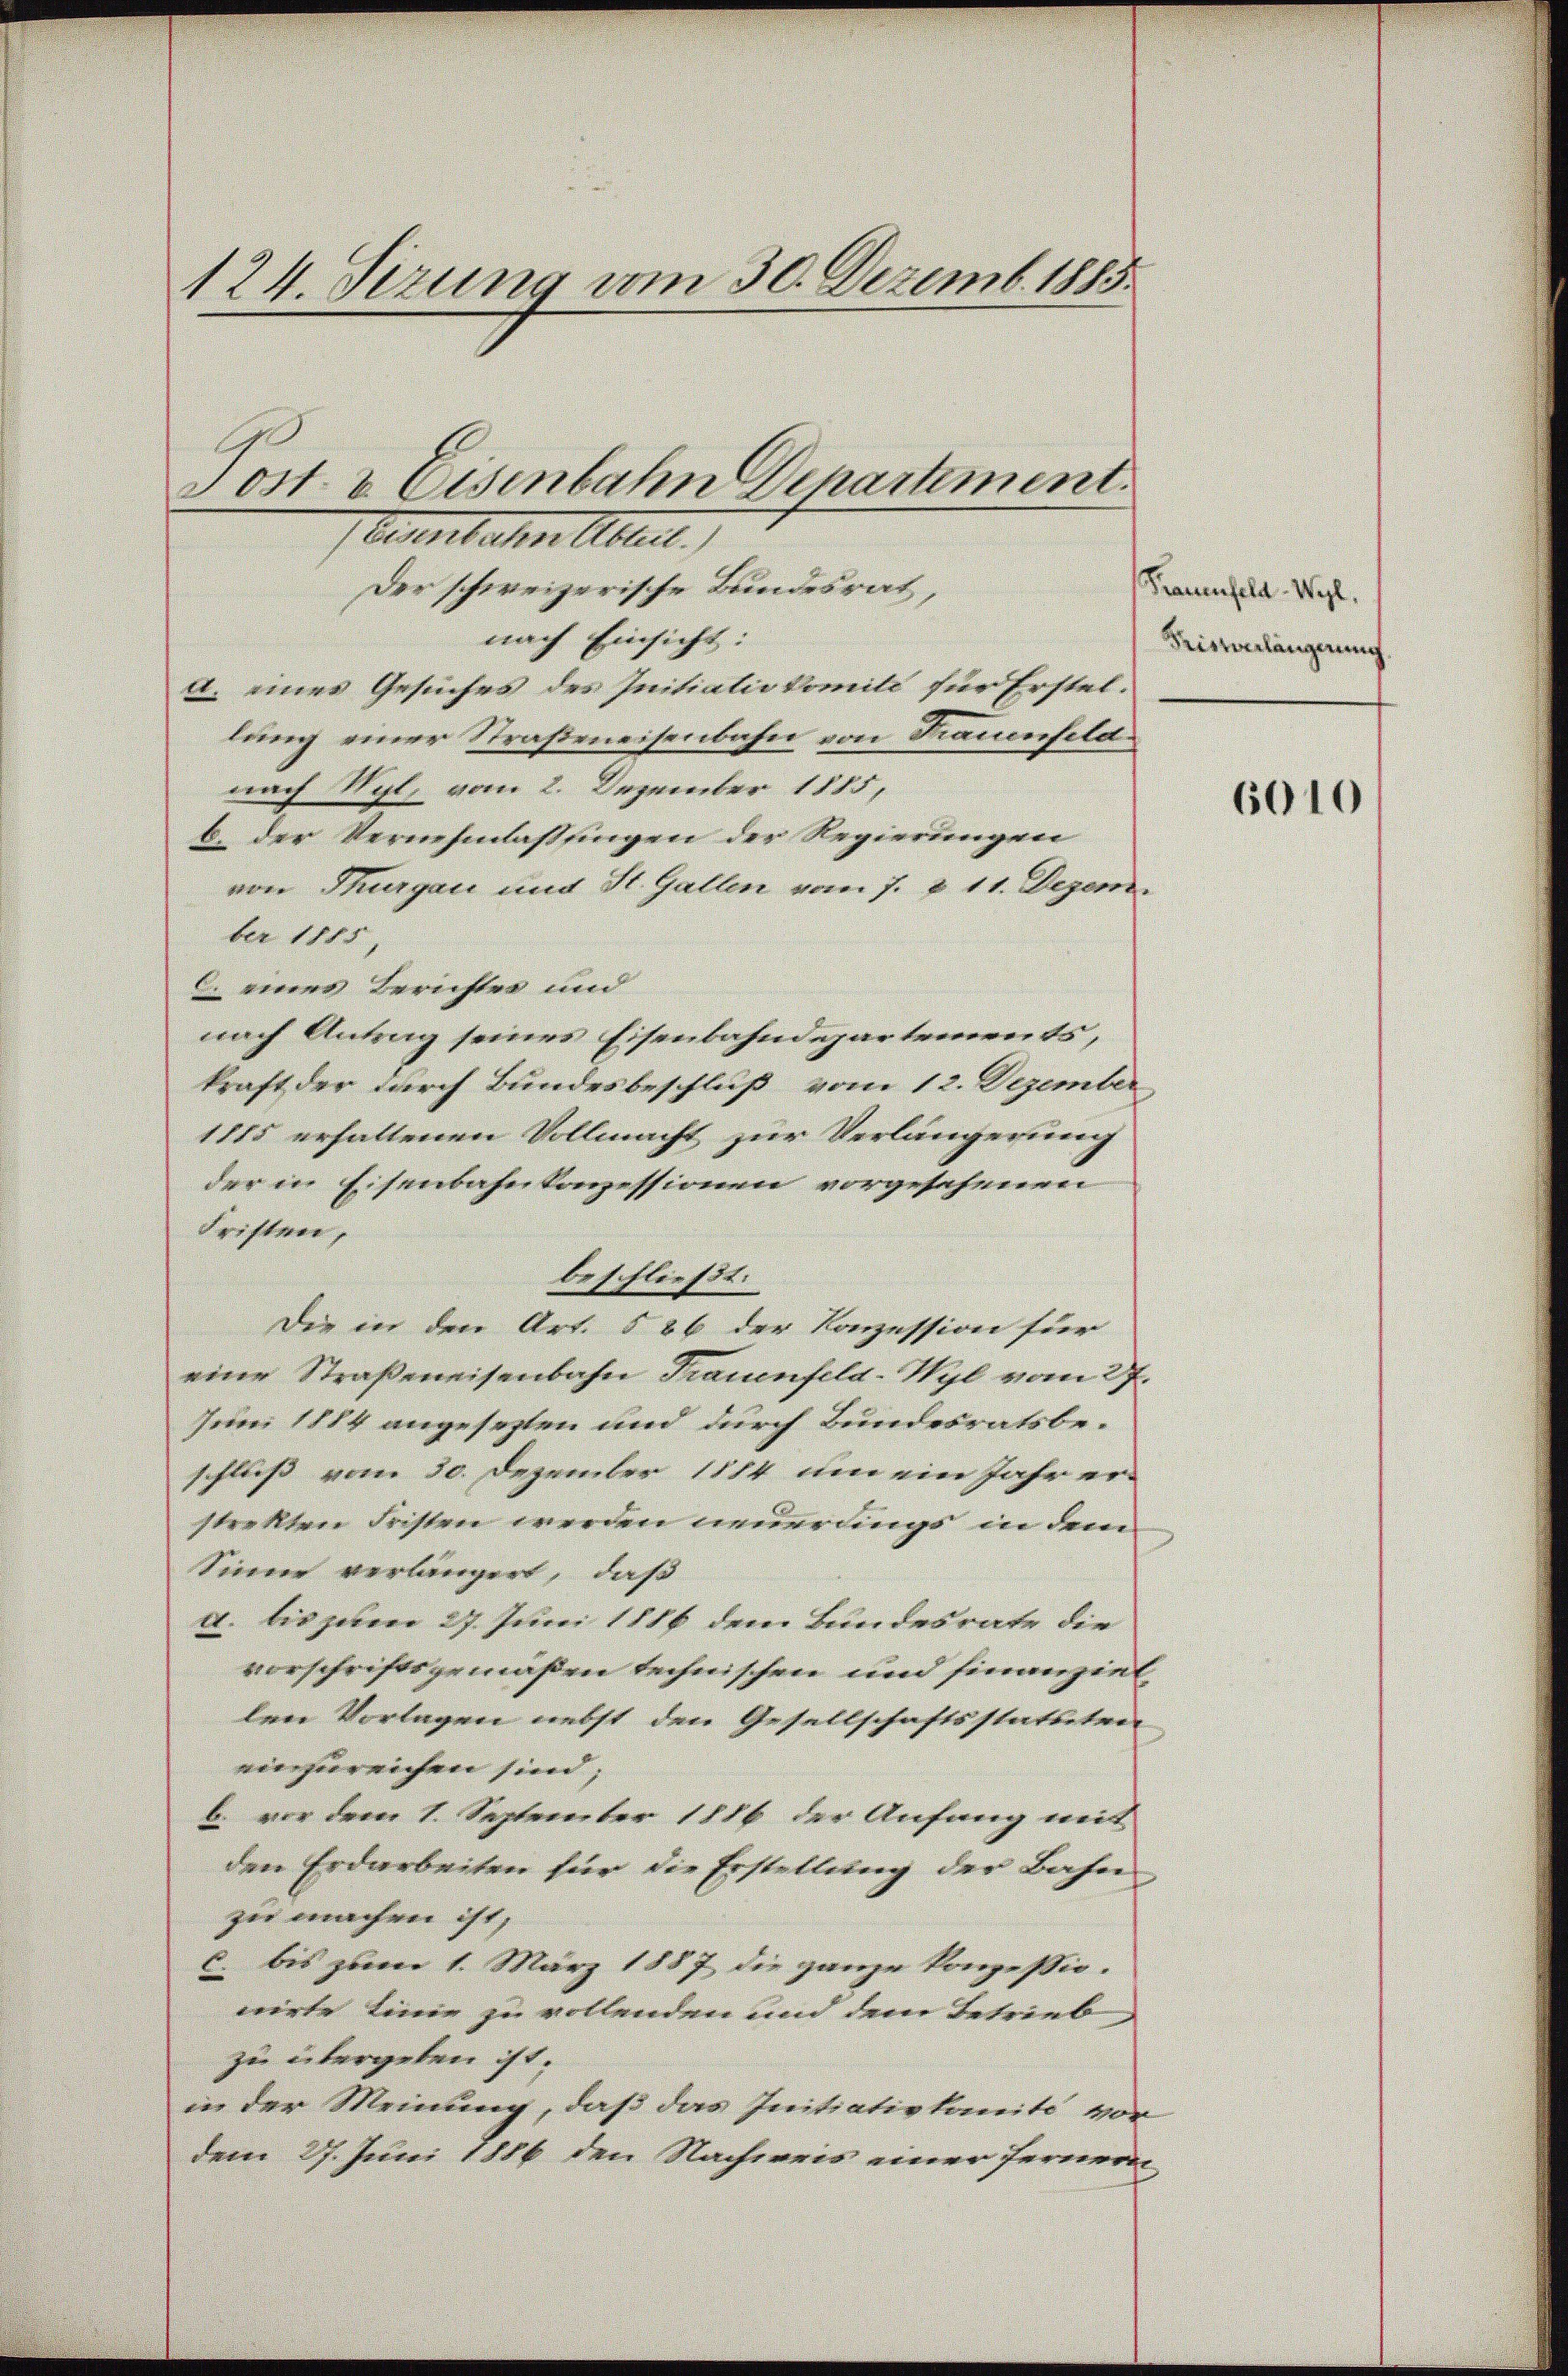
Snellater Albert.
Der schweizerische Bundesrat,
nach Einsicht:
a. eines Gesuches der Initialie komite für Erstellung einer Straßeneisenbahn von Kramerfeld
nach Vit. vom 2. Dezember 1815,
b der Vernehmlassungen der Regierungen
von Thurgau und St. Gallen vom 7. d. 11. Dezem
ber 1185.
l. verne Berechter und |
nach Antrag seines Eisenbahndepartements,
kraft der durch Bundesbeschluß vom 12. Dezember
1115 erhaltenen Vollmacht zur Verlängerung
der in Eisenbahnkonzessionen vorgesehenen
Fristere,
beschließt:
Die in den Art. § 26 der Conzession für
eine Straßeneisenbahn Trauenfeld-Hyl vom 27.
Ien 1814 angesezten und durch Bundesratsbe-
schliess vom 20. Dezember 1884 am ein Jahr er
strakten Fristen werden einereinige in deren |
Seieren verlangen, das |
u. bis gebene ich seiner 1816 dem Bundes ente die |
verschriftsgemäßen technischen und seinanziel
len Vorlagen nebst den Gesellschaftsstatuten
vorher nöchere Heere |
b. vor dem 1. September 1816 der Anfang mit
den Erdarbeiten für die Erstellung der Bahn
zer machen ist, |
u. bis jener 1. März 1887 die ganze Tagesse.
worte treuen sie vollweder von seine Betrieb |
zu untergeten ist. |
in der Meinung, daß das Initiativkomite vor
dem 27. Juni 1886 den Nachweis einer fernem

124. Sizung am 30. Dezemb. 1885.

Post & Eisenbahn Departement.

Krauenfeld. Wyl,
Reisenlängerung

6010